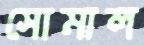
সোমাল